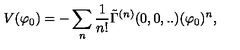
V ( \varphi _ { 0 } ) = - \sum _ { n } \frac { 1 } { n ! } \tilde { \Gamma } ^ { ( n ) } ( 0 , 0 , . . ) ( \varphi _ { 0 } ) ^ { n } ,